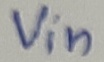
Text: Vin